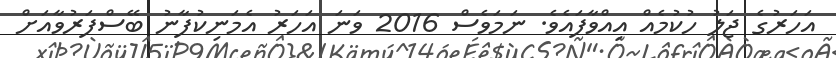
އަހަރުގެ ޖަލު ހުކުމެއް އިއްވާފައެވެ. ނަމަވެސް 2016 ވަނަ އަހަރު އެމަނިކުފާނު ބޭސްފަރުވާއަށް